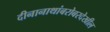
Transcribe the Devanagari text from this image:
दीनानाथांबरोबरदेखील